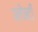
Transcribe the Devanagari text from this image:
प्लेन्टी